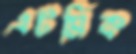
এটমিক